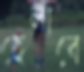
হেলাবে